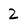
Character: 2